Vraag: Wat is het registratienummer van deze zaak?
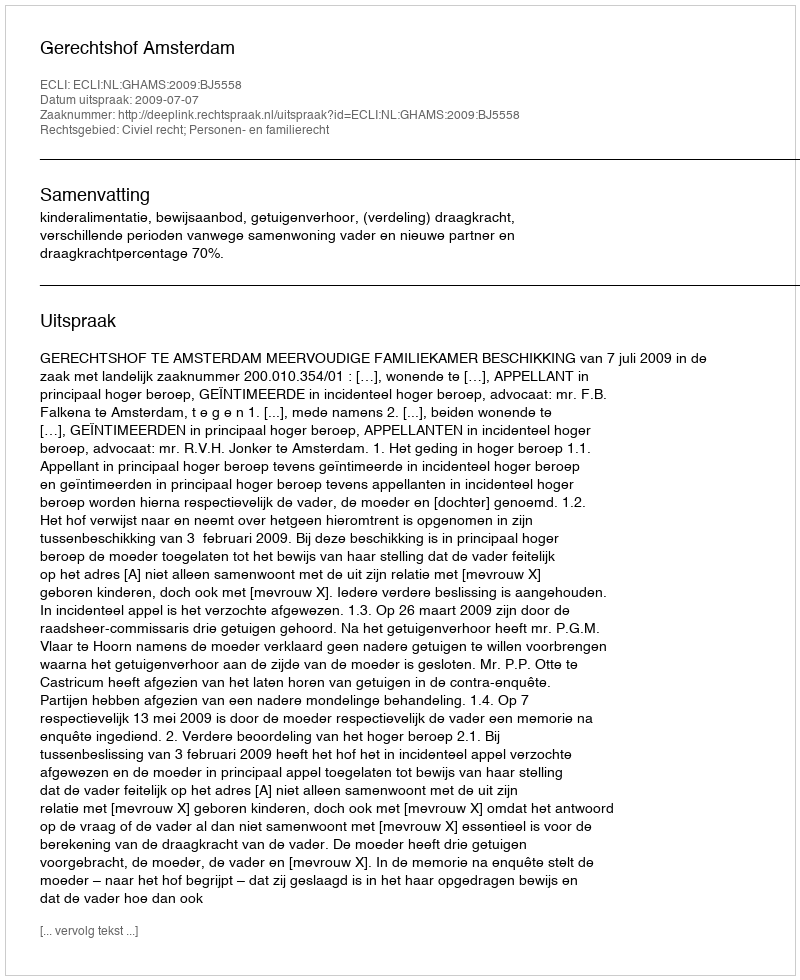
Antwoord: http://deeplink.rechtspraak.nl/uitspraak?id=ECLI:NL:GHAMS:2009:BJ5558